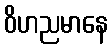
ဝိဟညမာနေ